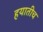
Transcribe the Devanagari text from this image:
हयातीच